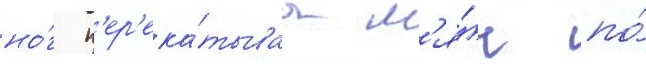
но́г п'ер'ека́тываа м'я́ч по́